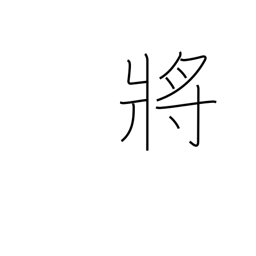
Meaning: admiral